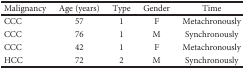
<table><thead><tr><td><b>Malignancy</b></td><td><b>Age (years)</b></td><td><b>Type</b></td><td><b>Gender</b></td><td><b>Time</b></td></tr></thead><tbody><tr><td>CCC</td><td>57</td><td>1</td><td>F</td><td>Metachronously</td></tr><tr><td>CCC</td><td>76</td><td>1</td><td>M</td><td>Synchronously</td></tr><tr><td>CCC</td><td>42</td><td>1</td><td>F</td><td>Metachronously</td></tr><tr><td>HCC</td><td>72</td><td>2</td><td>M</td><td>Synchronously</td></tr></tbody></table>